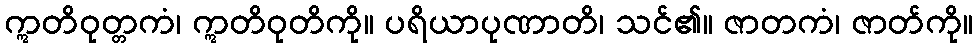
ဣတိဝုတ္တကံ၊ ဣတိဝုတိကို။ ပရိယာပုဏာတိ၊ သင်၏။ ဇာတကံ၊ ဇာတ်ကို။